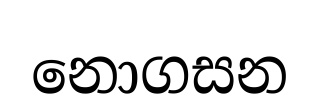
නොගසන